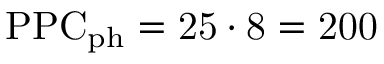
\mathrm { P P C _ { \mathrm { p h } } = 2 5 \cdot 8 = 2 0 0 }